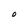
Character: O